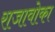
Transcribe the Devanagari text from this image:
राजावोका